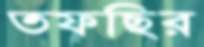
তফছির